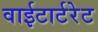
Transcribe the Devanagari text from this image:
वाईटार्टरेट